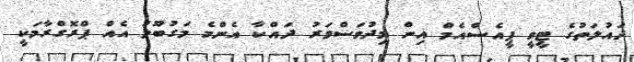
ދައުލަތުގެ ޓީވީ ޕީއެސްއެމް އިން މިދުވަސްވަރު ދައްކާ އެންމެ މަގުބޫލު އެއް ޕްރޮގްރާމަކީ